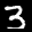
Label: 3